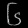
Digit: ၆